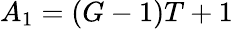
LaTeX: A_{1}=(G-1)T+1